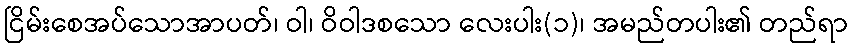
ငြိမ်းစေအပ်သောအာပတ်၊ ဝါ၊ ဝိဝါဒစသော လေးပါး(၁)၊ အမည်တပါး၏ တည်ရာ